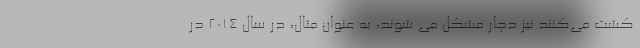
کشت می‌کنند نیز دچار مشکل می ‌شوند، به عنوان مثال، در سال 2014 در